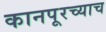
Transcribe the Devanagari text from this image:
कानपूरच्याच